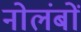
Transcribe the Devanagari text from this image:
नोलंबों